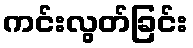
ကင်းလွတ်ခြင်း